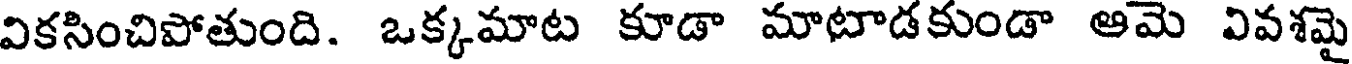
వికసించిపోతుంది. ఒక్కమాట కూడా మాటాడకుండా ఆమె వివశమై